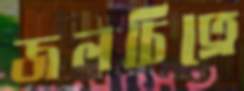
জলচিত্রে